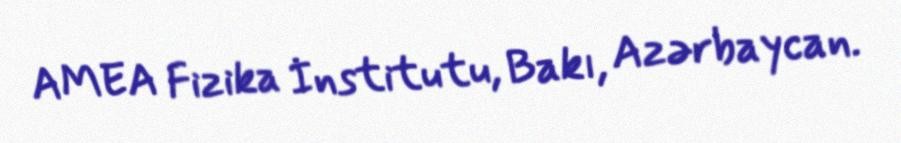
AMEA Fizika İnstitutu, Bakı, Azərbaycan.